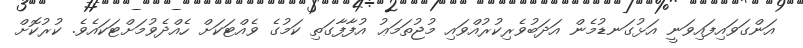
އަންގަވައިފައިވަނީ އަޅުގަނޑުމެން އަދަބުވެރިކުރުއްވައި މުޖުތަމަޢު އުފާފާގަތި ކަމުގެ ވެއްޓަކަށް ހެއްދެވުމަށްޓަކައެވެ. ކުރުކޮށް